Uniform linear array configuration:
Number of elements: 48
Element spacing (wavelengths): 1
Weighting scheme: uniform
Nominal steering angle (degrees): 30
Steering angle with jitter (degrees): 29.116
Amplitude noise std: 0.05
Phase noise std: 0.05

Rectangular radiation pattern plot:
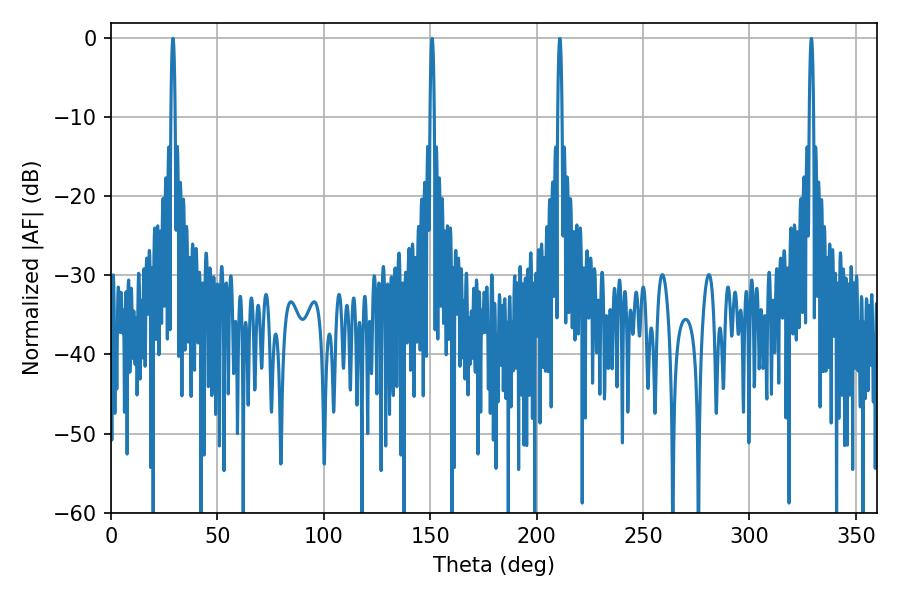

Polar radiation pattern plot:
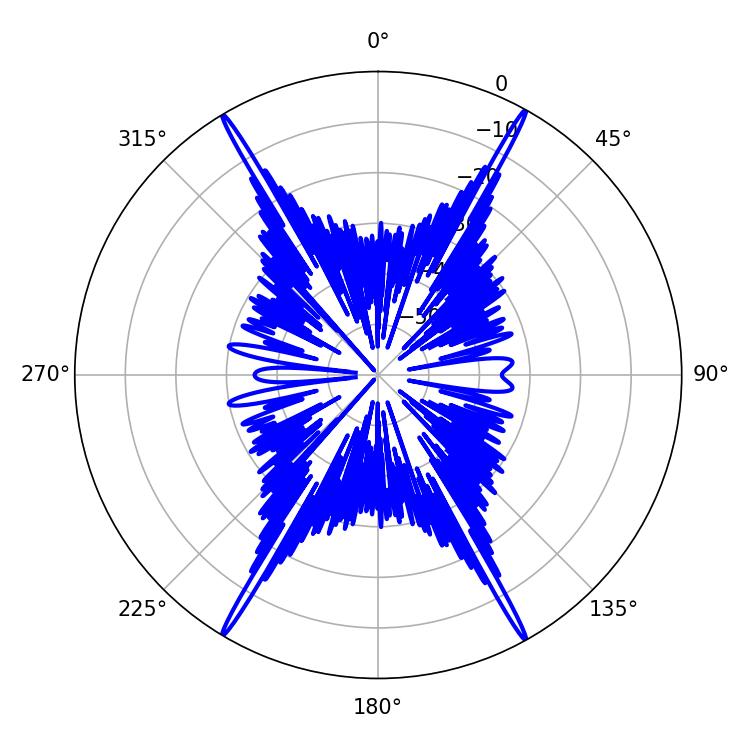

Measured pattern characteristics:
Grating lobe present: TRUE
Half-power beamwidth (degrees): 1.08
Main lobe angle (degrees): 29.16